Vaccination in Bombay 1924-1928 - 1924-1928
Year: 1924
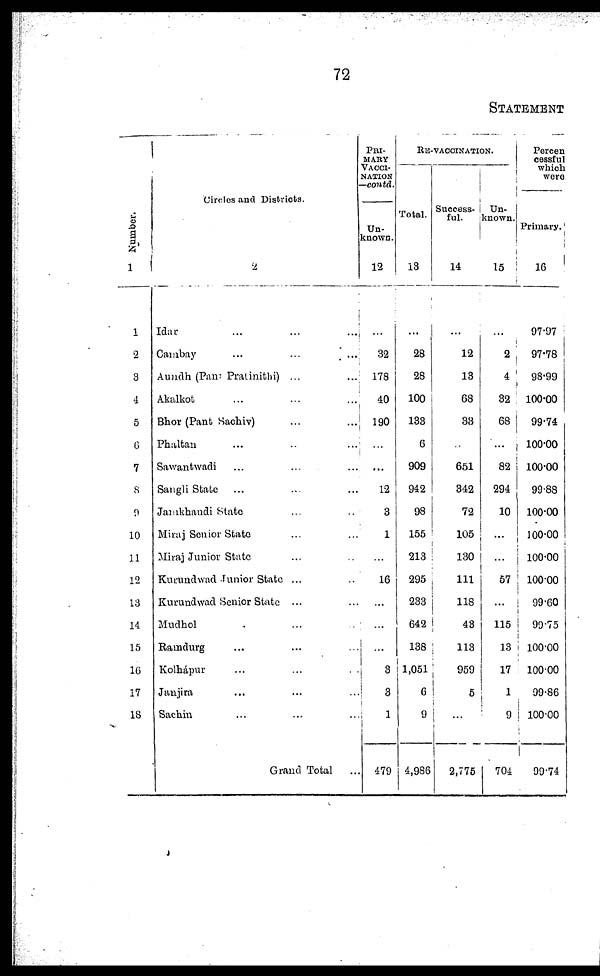
72
STATEMENT
Number.
1
1
2
3
4
5
6
7
8
9
10
11
12
13
14
15
16
17
18
Circles and Districts.
2
Idar ... ... ...
Cambay
...
...
...
Aundh (Pant Pratinithi) ...
Akalkot ... ... ...
Bhor (Pant Sachiv) ... ...
Phaltan ... ...
Sawantwadi ... ...
Sangli State ... ...
Jamkhandi State ... ...
Miraj Senior State ... ...
Miraj Junior State ... ...
Kurandwad Junior State ...
Kurundwad Senior State ...
Mudhol ... ... ...
Ramdurg ... ... ...
Kolhápur ... ... ...
Janjira ... ... ...
Sachin ... ...
Grand Total
PRI-
----
VACCI-
------
—contd.
Un-
known.
12
...
32
178
40
190
...
...
12
3
1
...
16
...
...
...
3
3
1
479
RE-VACCINATION.
Total.
13
...
28
28
100
133
6
909
942
98
155
213
295
233
642
138
1,051
6
9
4,986
Success-
ful.
14
...
12
13
68
33
...
651
342
72
105
130
111
118
43
113
959
5
...
2,775
Un-
known.
15
...
2
4
32
68
...
82
294
10
...
...
57
...
115
13
17
1
9
704
Percen
cessful
which
were
Primary.
16
97.97
97.78
98.99
100.00
99.74
100.00
100.00
99.88
100.00
100.00
100.00
100.00
99.60
99.75
100.00
100.00
99.86
100.00
99.74